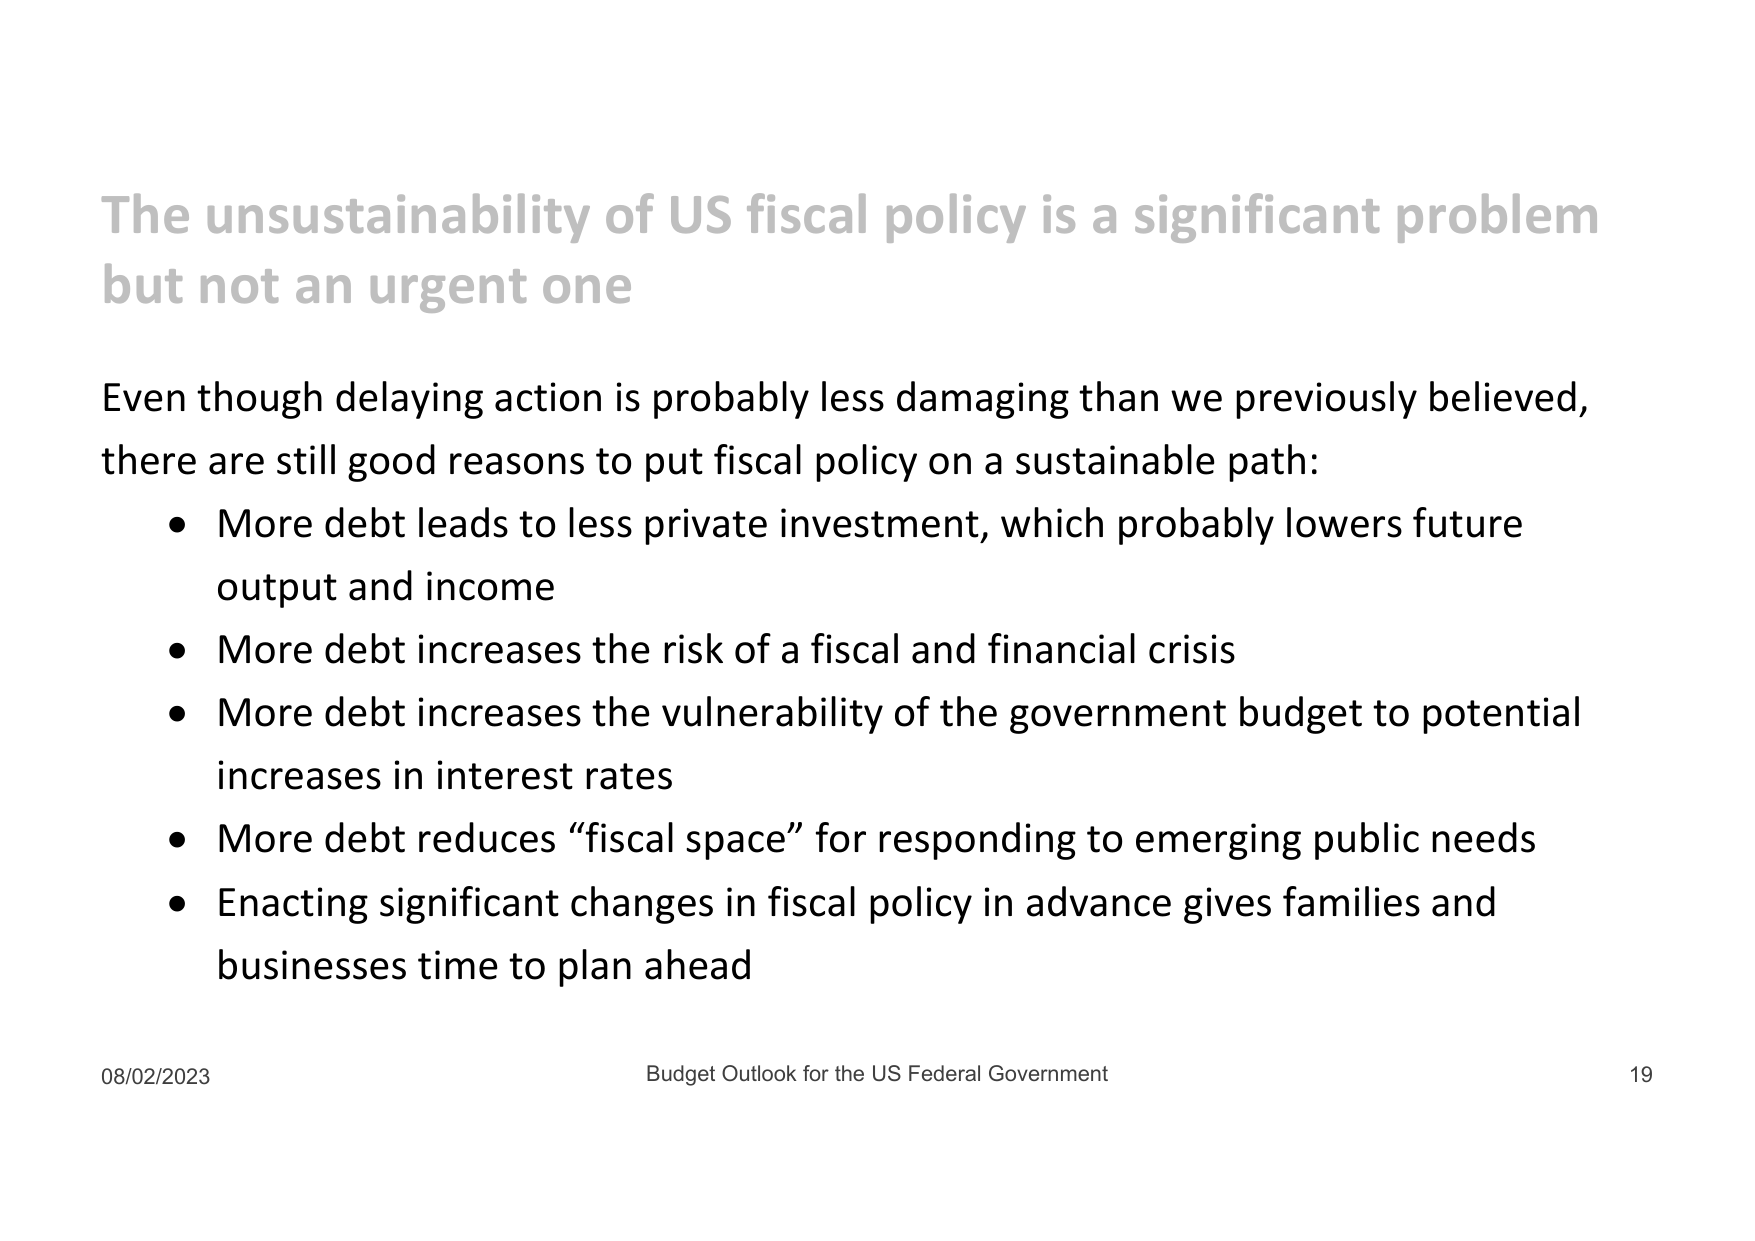
The unsustainability of US fiscal policy is a significant problem but not an urgent one

Even though delaying action is probably less damaging than we previously believed, there are still good reasons to put fiscal policy on a sustainable path:
• More debt leads to less private investment, which probably lowers future output and income
• More debt increases the risk of a fiscal and financial crisis
• More debt increases the vulnerability of the government budget to potential increases in interest rates
• More debt reduces “fiscal space” for responding to emerging public needs
• Enacting significant changes in fiscal policy in advance gives families and businesses time to plan ahead

08/02/2023 Budget Outlook for the US Federal Government 19